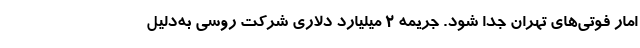
امار فوتی‌های تهران جدا شود. جریمه ۲ میلیارد دلاری شرکت روسی به‌دلیل